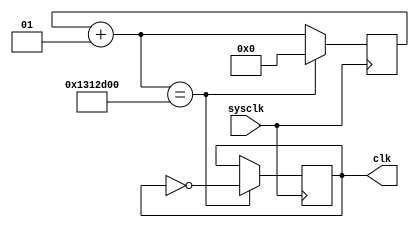
module fre_reducer(sysclk , clk);
  input sysclk;
  output reg clk;
  integer i;
  
  initial begin
    clk = 0;
    i = 0;
  end
  
  always@(posedge sysclk) begin
    i = i + 1;
    if(i == 20000000) begin
      clk = ~clk;
      i = 0;
    end
  end
endmodule